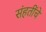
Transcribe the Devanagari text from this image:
संहतींचे